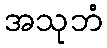
အသုဘံ